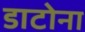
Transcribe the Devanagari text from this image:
डाटोना